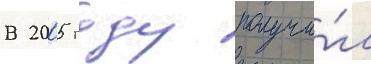
В 2005 году получи́л